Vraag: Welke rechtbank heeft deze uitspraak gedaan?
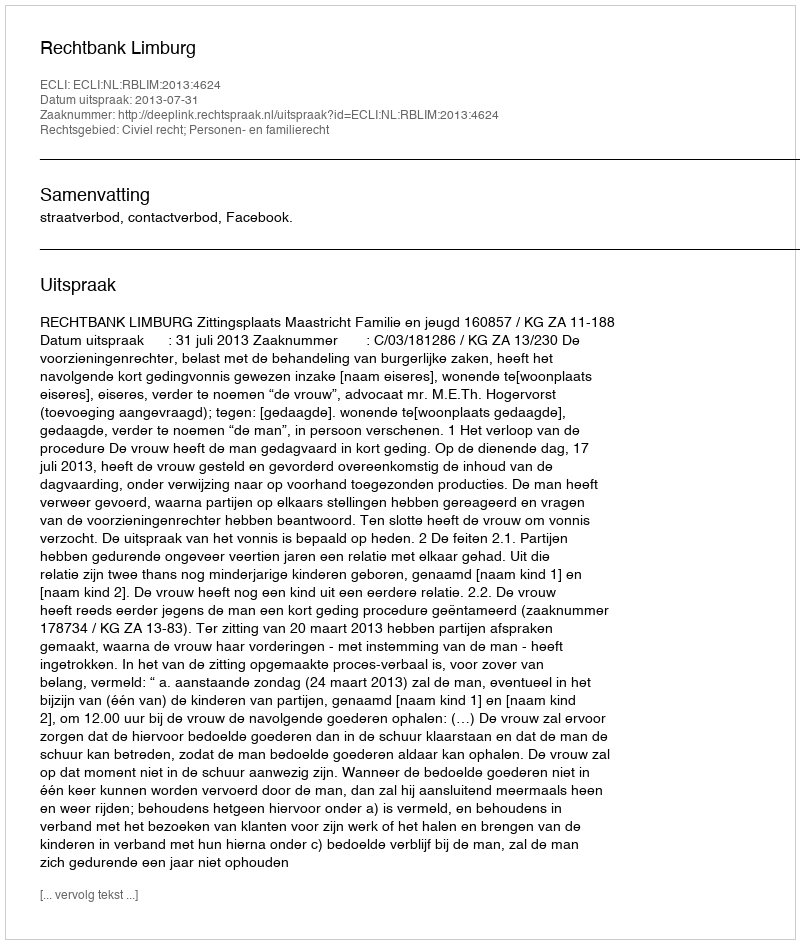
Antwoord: Rechtbank Limburg